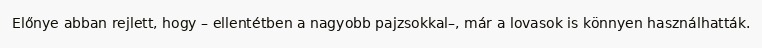
Előnye abban rejlett, hogy – ellentétben a nagyobb pajzsokkal–, már a lovasok is könnyen használhatták.